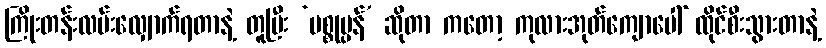
ကြိုးတန်းလမ်းလျှောက်ရတာနဲ့ တူပြီး ‘ပစ္စုပ္ပန်’ ဆိုတာ ကတော့ ကုလားအုတ်ကျောပေါ် ထိုင်စီးသွားတာနဲ့